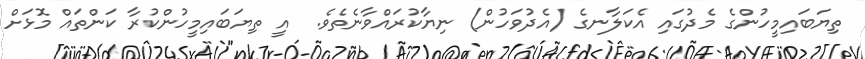
ތިޔަބައިމީހުންގެ މެދުގައި އެކަލާނގެ (އެދުވަހުން) ނިޔާކުރައްވާނެތެވެ.  އީ ތިޔަބައިމީހުންކުރާ ކަންތައް މޮޅަށް